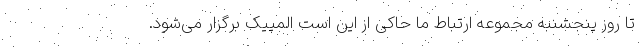
تا روز پنجشنبه مجموعه ارتباط ما حاکی از این است المپیک برگزار می‌شود.